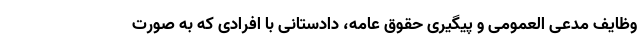
وظایف مدعی العمومی و پیگیری حقوق عامه، دادستانی با افرادی که به صورت